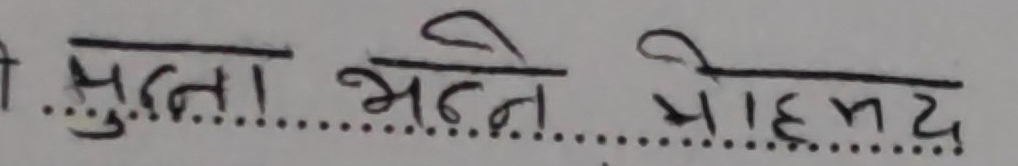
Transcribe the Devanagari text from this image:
मुल्ला भट्टने मोहम्यद